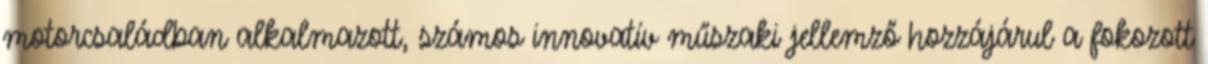
motorcsaládban alkalmazott, számos innovatív műszaki jellemző hozzájárul a fokozott